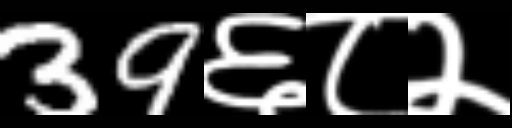
Text: 39६८२